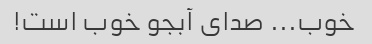
خوب... صدای آبجو خوب است!